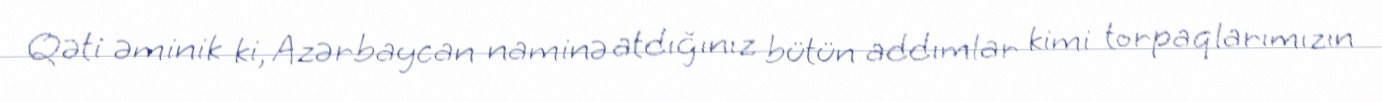
Qəti əminik ki, Azərbaycan naminə atdığınız bütün addımlar kimi torpaqlarımızın